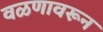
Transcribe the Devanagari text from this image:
वळणावरून